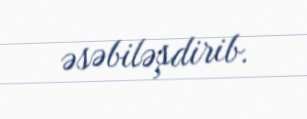
əsəbiləşdirib.